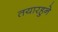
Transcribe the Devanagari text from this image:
तयारहुने